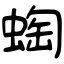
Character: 蜪